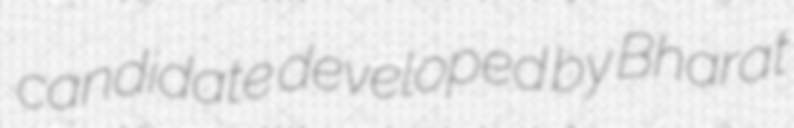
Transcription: candidate developed by Bharat